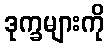
ဒုက္ခများကို